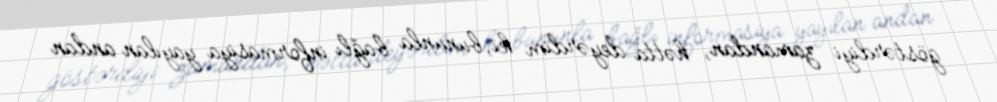
göstərdiyi zamandan, hətta deyərdim ki, bununla bağlı informasiya yayılan andan